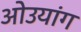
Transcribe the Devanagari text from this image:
ओउयांग